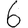
Digit: 6